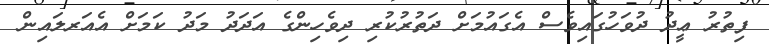
ފިތުރު ޢީދު ދުވަހުގައިވެސް އެގައުމަށް ދަތުރުކުރި ދިވެހިންގެ އަދަދު މަދު ކަމަށް އެއަރލައިން